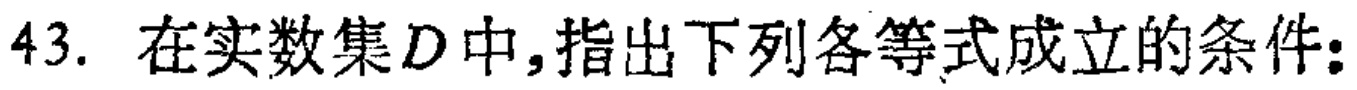
43. 在实数集\(D\)中,指出下列各等式成立的条件：